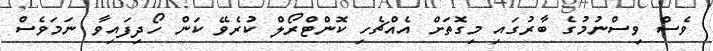
ވެސް ވިސްނުމުގެ ބާރުގައި މިގޮތަށް އެއްޗެހި ކޮންޓްރޯލް ކުރެވޭ ކަން ހޯދިފައިވާ ނަމަވެސް